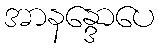
အာနန္ဒောပေ